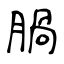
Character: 腡